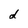
Character: d